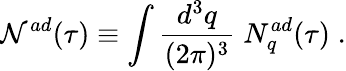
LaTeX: {\cal N}^{ad}(\tau)\equiv\int{\frac{d^{3}q}{(2\pi)^{3}}}\; N_{q}^{ad}(\tau)\; .